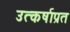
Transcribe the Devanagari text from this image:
उत्कर्षाप्रत